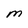
Character: M